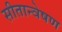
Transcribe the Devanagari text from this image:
सीतान्वेषण